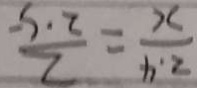
\frac { 2 . 4 } { x } = \frac { 2 } { 2 . 5 }